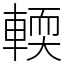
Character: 輭